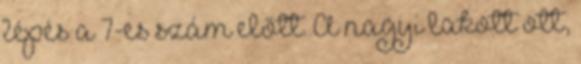
lépés a 7-es szám előtt. A nagyi lakott ott,